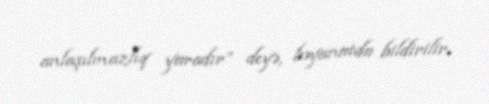
anlaşılmazlıq yaradır” deyə, bəyanatda bildirilir.